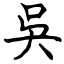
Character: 吳